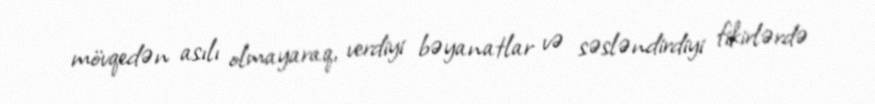
mövqedən asılı olmayaraq, verdiyi bəyanatlar və səsləndirdiyi fikirlərdə